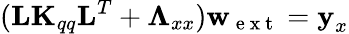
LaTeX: (\textbf{L}\textbf{K}_{qq}\textbf{L}^{T}+\boldsymbol{\Lambda}_{xx})\textbf{w}_{\mathrm{~e~x~t~}}=\textbf{y}_{x}